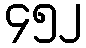
၄၅၂